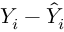
Y _ { i } - { \hat { Y } } _ { i }